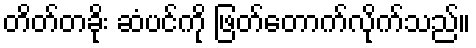
တိတ်တခိုး ဆံပင်ကို ဖြတ်တောက်လိုက်သည်။